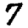
Digit: 7